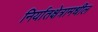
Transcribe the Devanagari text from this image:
निर्यातक्षेत्रामधील